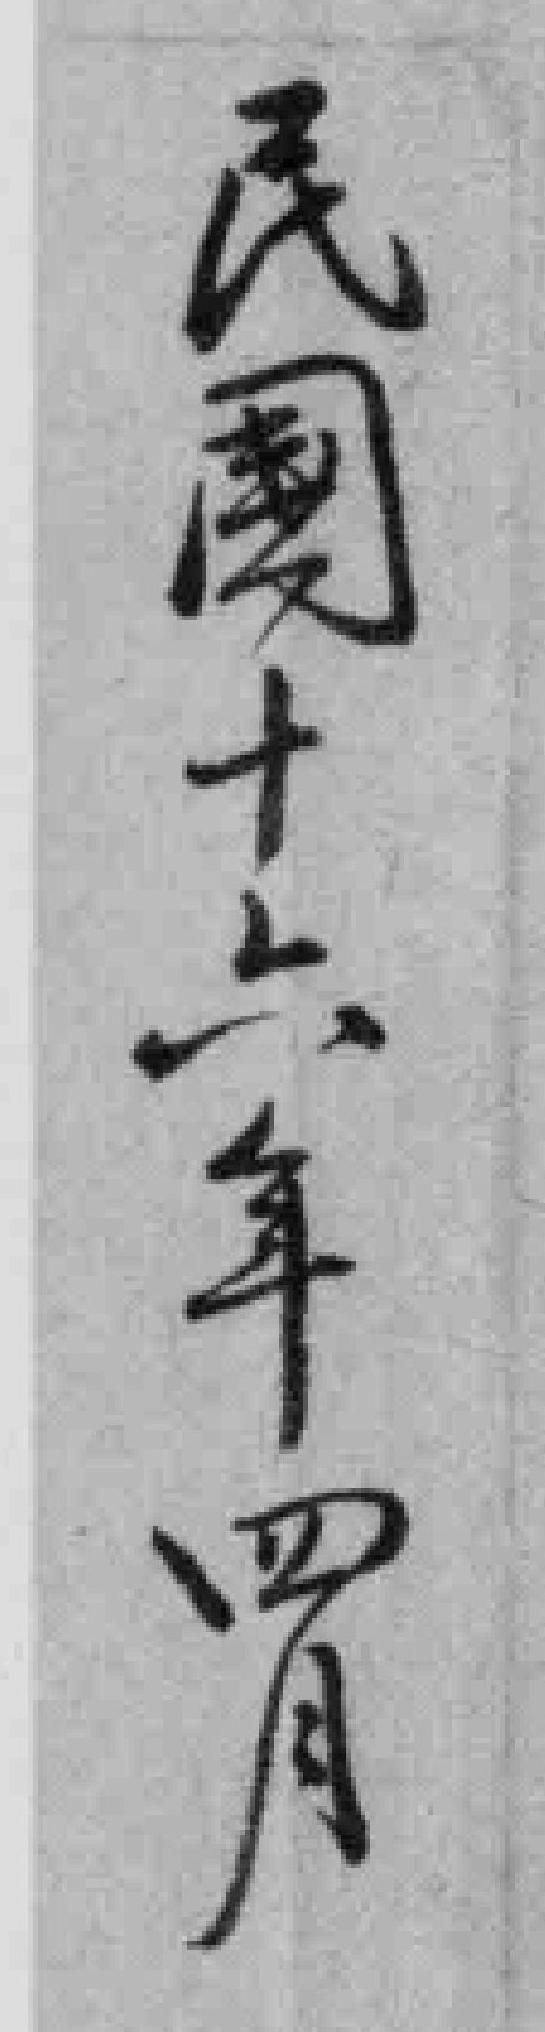
民國十六年四月